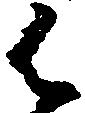
御